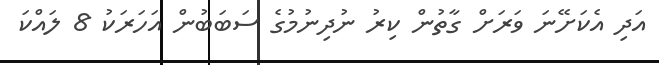
އަދި އެކަށޭނަ ވަރަށް ގާތުން ކިރު ނުދިނުމުގެ ސަބަބުން އަހަރަކު 8 ލައްކަ